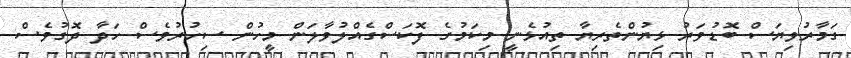
ގަމާރުވިޔަސް ބޮޑުވަރު ޅިޔުންތެރިޔާ ތިއުޅެނީ މިކަމުގެ ފޮކަސްގެއްލުވާލަން މީހުން ސިހުރުވެސް ހަދާ ދޮގުވެސް